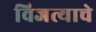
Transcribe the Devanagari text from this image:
विजत्याचे